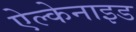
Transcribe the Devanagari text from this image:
ऐल्केनाइड